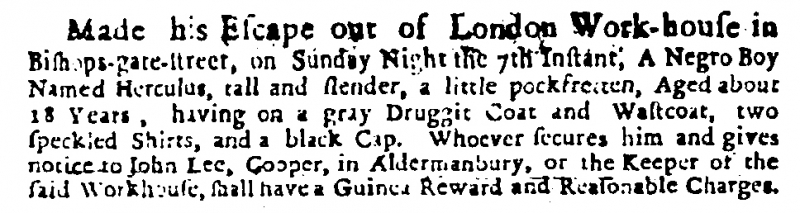
Daily Courant, 10 November 1708 (England)
Made his Escape out of London Work-house in Bishops-gate-street, on Sunday Night the 7th Instant, A Negro Boy Named Herculus, tall and slender, a little pockfretten, Aged about 18 Years, having on a gray Druggit Coat and Wastcoat, two speckled Shirts, and a black Cap. Whoever secures him and gives notice to John Lee, Cooper, in Aldermanbury, or the Keeper of the said Workhouse, shall have a Guinea Reward and Reasonable Charges.